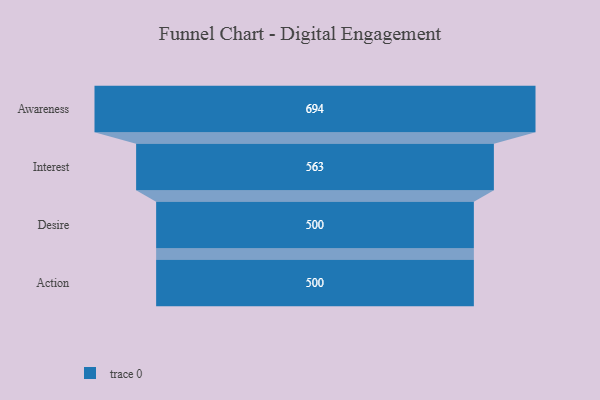
{"axis": {"x": "Stage", "y": "Value"}, "legend": [""], "data": [{"x": "Awareness", "y": 694.0, "type": ""}, {"x": "Interest", "y": 563.0, "type": ""}, {"x": "Desire", "y": 500, "type": ""}, {"x": "Action", "y": 500, "type": ""}]}